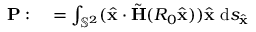
\begin{array} { r l } { \mathbf { P } : } & { { } = \int _ { \mathbb { S } ^ { 2 } } ( \hat { \mathbf { x } } \cdot \tilde { \mathbf H } ( R _ { 0 } \hat { \mathbf { x } } ) ) \hat { \mathbf { x } } ~ \mathrm { d } s _ { \hat { \mathbf { x } } } } \end{array}